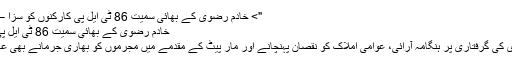
"> خادم رضوی کے بھائی سمیت 86 ٹی ایل پی کارکنوں کو سزا – alert.com.pk
خادم رضوی کے بھائی سمیت 86 ٹی ایل پی کارکنوں کو سزا
علامہ خادم رضوی کی گرفتاری پر ہنگامہ آرائی، عوامی املاک کو نقصان پہنچانے اور مار پیٹ کے مقدمے میں مجرموں کو بھاری جرمانے بھی عائد کیے گئے ہیں ۔